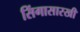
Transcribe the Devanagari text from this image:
सिंगासारखी